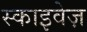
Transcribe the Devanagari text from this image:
स्काइवेज़